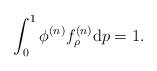
LaTeX: \begin{align*} \int_{0}^1 \phi^{(n)} f_\rho^{(n)} {\rm d} p = 1. \end{align*}